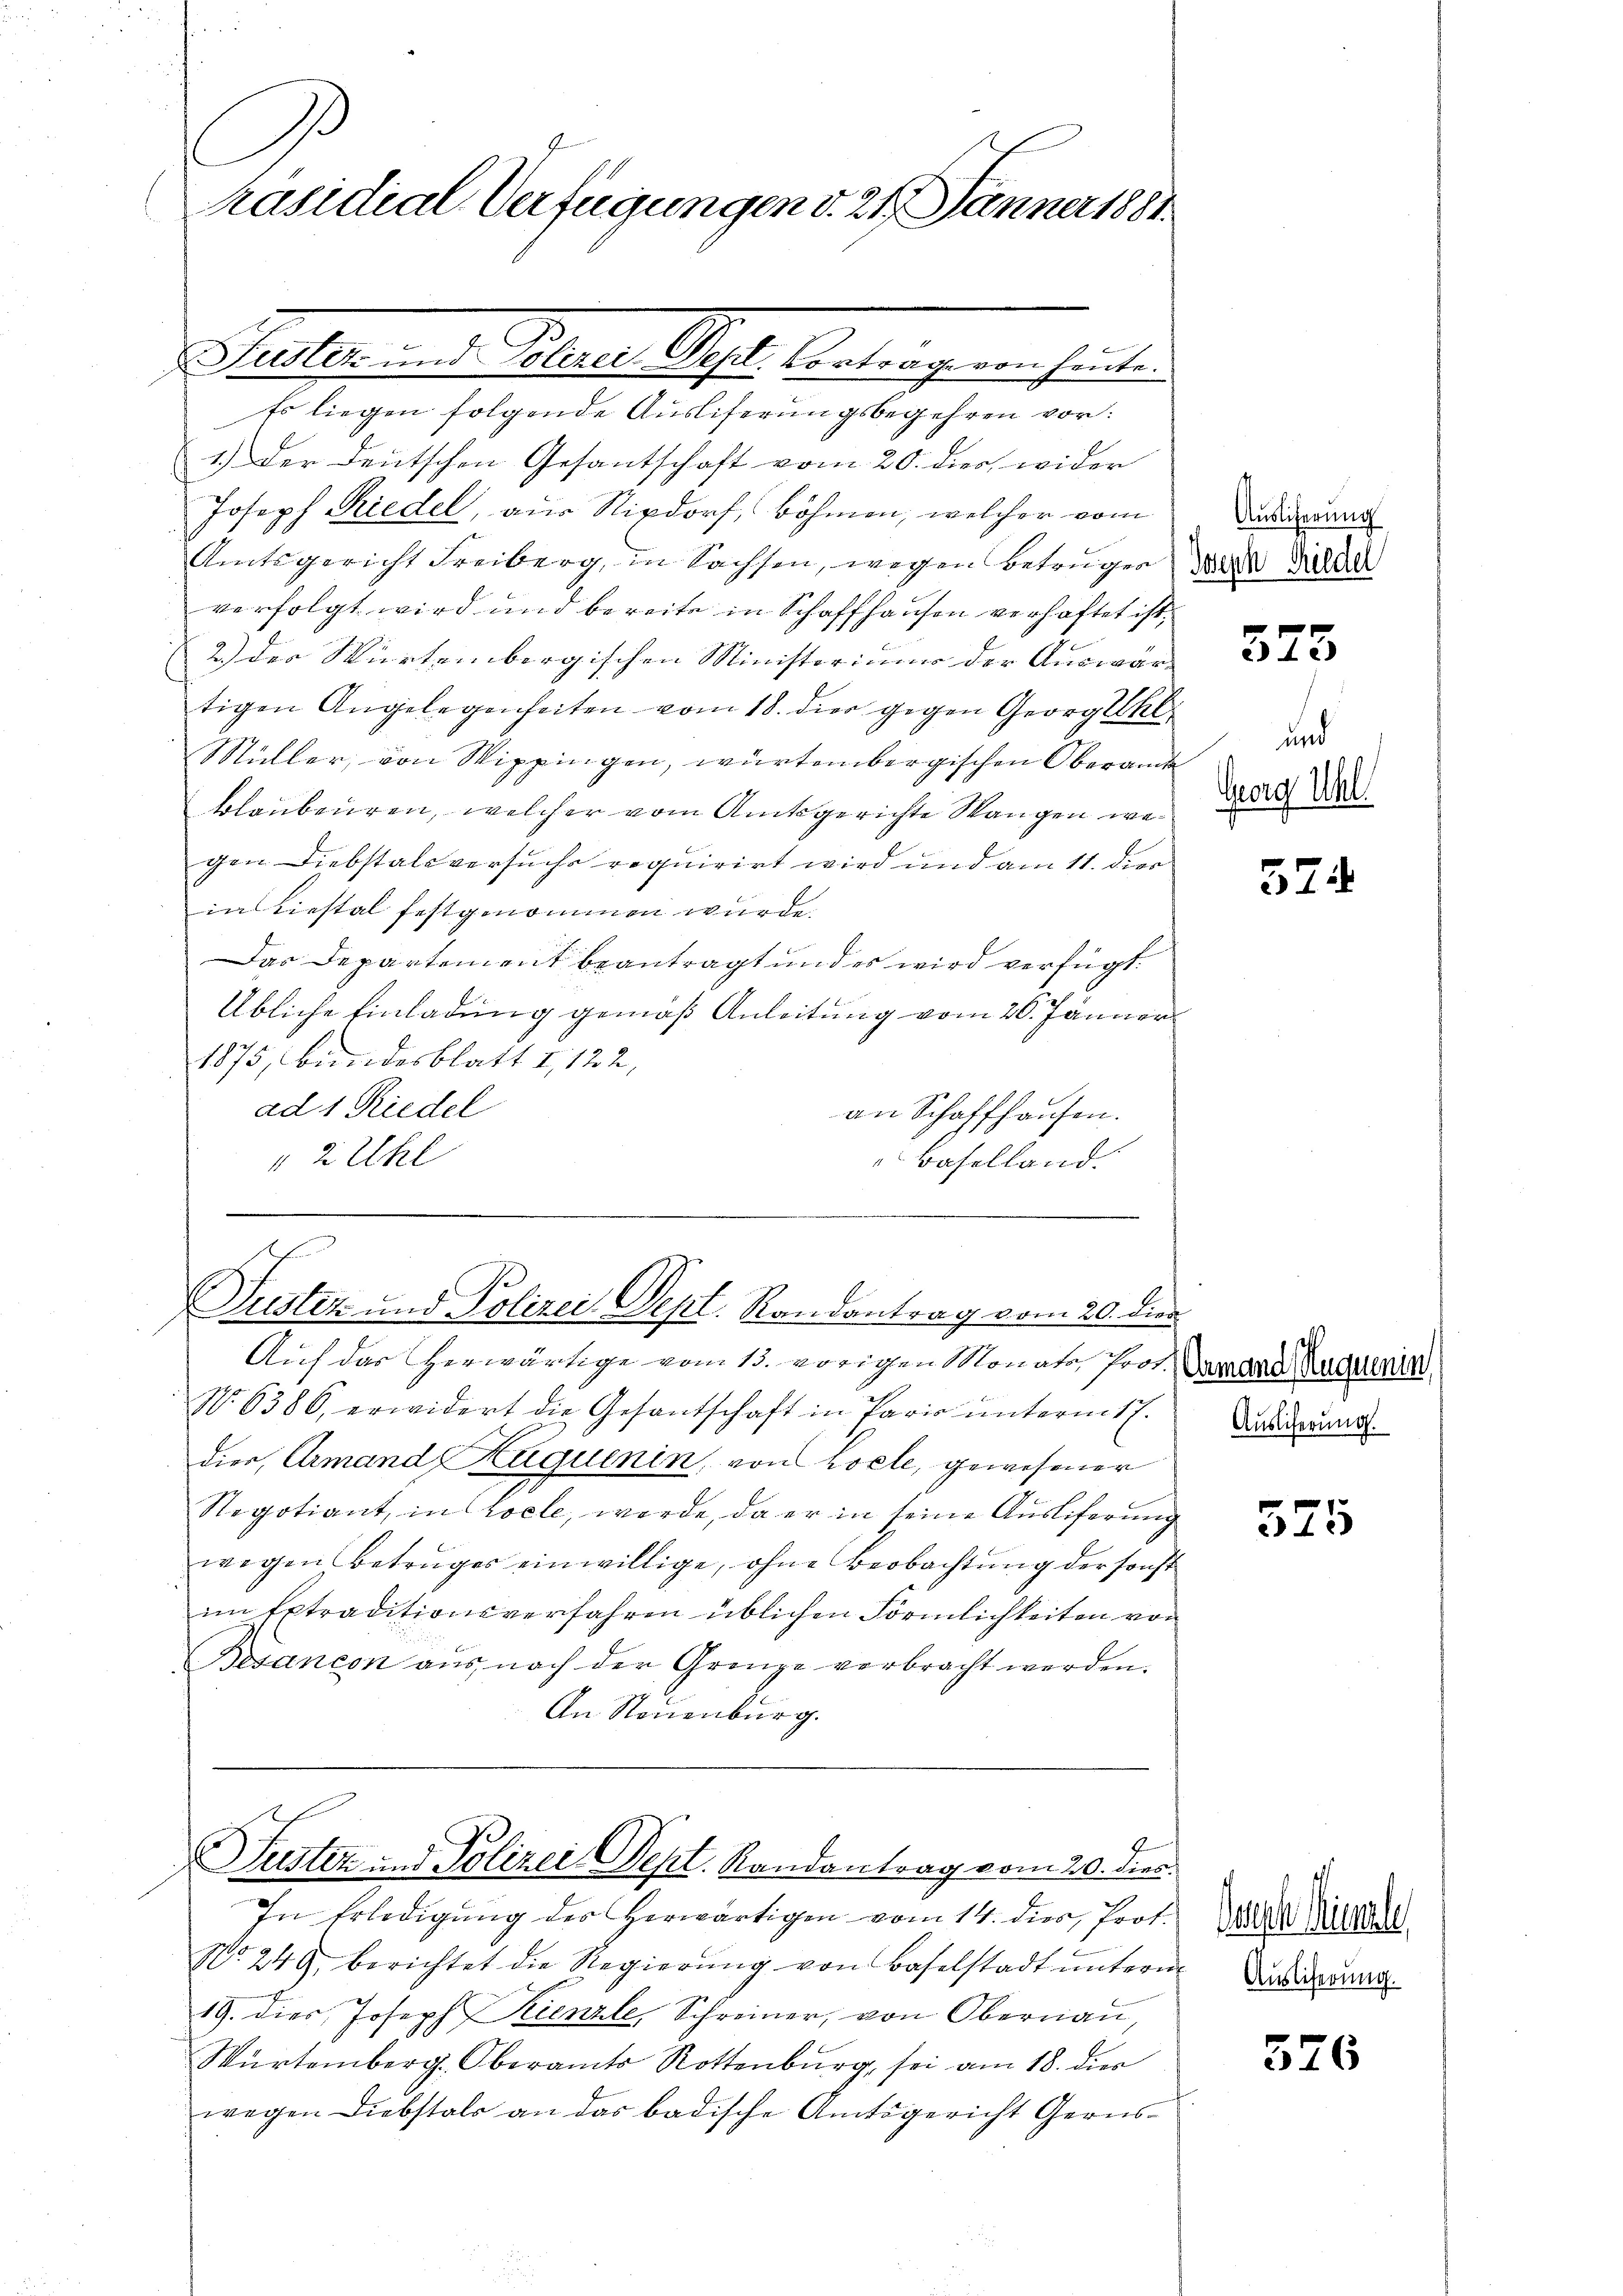
.
räsidial-Verfügungen d. 21. Jänner 1881.

Es liegen folgende Ausliferungsbegehren vor:
1.) Der Deutschen Gesantschaft vom 20. die wider
Joseph Riedel, aus Stixdorf, Böhmen, welcher vom
Amtsgericht Freiberg, in Sachsen, wegen Betruges der Sac
verfolgt wird und bereite in Schaffhausen verhaftet ist,
2.) Der Würtembergischen Ministerium der Auswärtigen Angelegenheiten vom 18. der gegen Georgekl
Müller, von Wippingen, würtembergischen Oberamt
blaubenren, welcher vom Amtsgerichte Wangen wegen Diebstalsversuchs requirirt wird und am 11. dies
in Liestal festgenommen wurde.
Das Departement beantragt und es wird verfügt:
Übliche Einladung gemäß Anleitung vom 26. Jänner
1875, Bundesblatt I,122,
ad 1 Riedel
an Schaffhausen.
 2 Uhl
Baselland.

Seligen Seiterer Ges. Antrage in sei e

Suster und Polizei. Sept. Randantrag vom 20. Dien

2
Suster und Polizei Sept. Randantrag vom 20. dies

Auf das herwärtige vom 13. vorigen Monats Prot. Daran Augen,
N. 6386, erwidert die Gesantschaft in Paris ŭnterm 1 l.
dier, Armand Zuquenin, von Loele, gewesener
Negotiant, in Locle, werde, da er in seine Ausliferung
wegen Betruges einwillige, ohne Beobachtung der sonst
im Extraditionsverfahren üblichen Förmlichkeiten von
Besancon aus nach der Grenze verbracht werden.
An Neuenburg.

In Erledigung des herwärtigen vom 14. dies, Prot.
No. 249, berichtet die Regierŭng von Baselstadt ŭntern Ausgang
19. dies Joseph Kienzle, Schreiner, von Obernau,
Würtemberg. Oberamts Rottenburg, sei am 18. dies
wegen Diebstals an das badische Amtsgericht Gerus-

Auslieferung

323

und
Georg Uhl.

574

Auslicherung.

525

auch immel

576